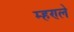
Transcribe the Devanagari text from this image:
म्हण्ले